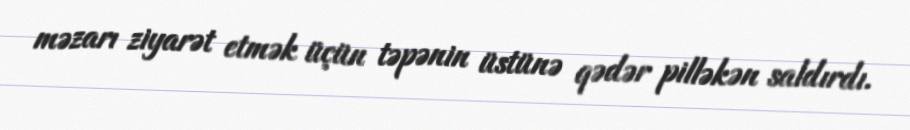
məzarı ziyarət etmək üçün təpənin üstünə qədər pilləkən saldırdı.